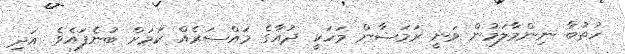
ހުތުބާ ނިންމާލަމުން ވަނީ ރަމަޟާން މަހަކީ ދުއާގެ މައްސަރެއް ކަމަށް ބުނެފައެވެ. އަދި